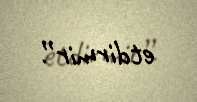
etdirmir”.